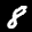
Label: 8